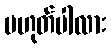
မဟုတ်ပါလား